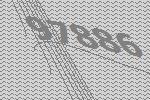
97886